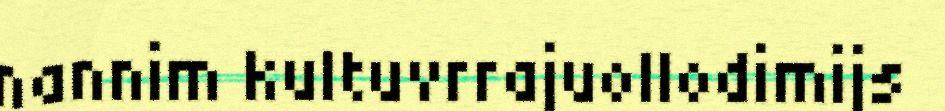
nannim kultuvrrajuollodimijs